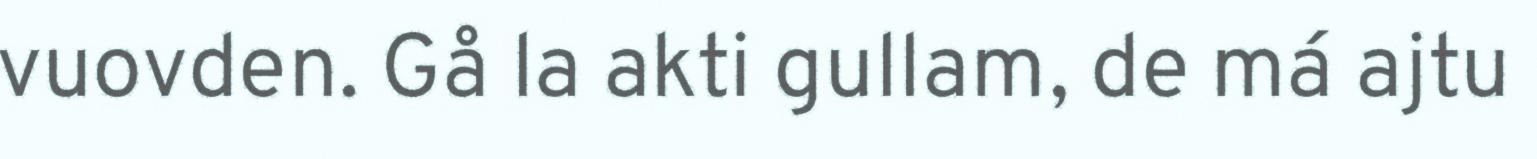
vuovden. Gå la akti gullam, de má ajtu